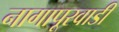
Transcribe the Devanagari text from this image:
नागापूरवाडी